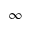
\infty